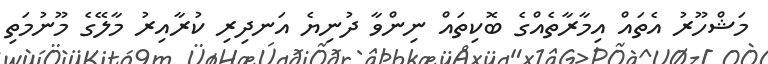
މަޝްހޫރު އެތައް އިމާރާތެއްގެ ބޮކިތައް ނިންވާ ދުނިޔެ އަނދިރި ކުރާއިރު މާލޭގެ މޫނުމަތި